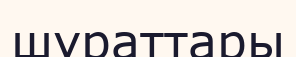
шұраттары